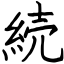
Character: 続